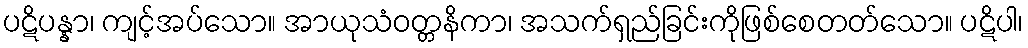
ပဋိပန္နာ၊ ကျင့်အပ်သော။ အာယုသံဝတ္တနိကာ၊ အသက်ရှည်ခြင်းကိုဖြစ်စေတတ်သော။ ပဋိပါ၊